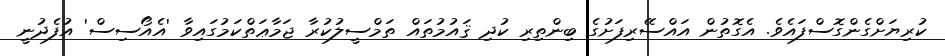
ކުރިޔަށްގެންގޮސްފައެވެ. އެގޮތުން އައްސޭރިފަށުގެ ބިންތިރި ކުދި ޤައުމުތައް ތަމްސީލުކުރާ ޖަމާޢަތްކަމުގައިވާ 'އެއޯސިސް' އުފެދުނީ